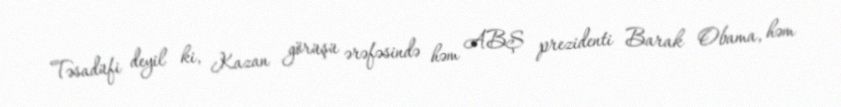
Təsadüfi deyil ki, Kazan görüşü ərəfəsində həm ABŞ prezidenti Barak Obama, həm